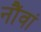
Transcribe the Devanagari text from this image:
नौंवां